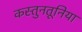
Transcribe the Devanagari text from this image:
कस्तुनतूनिया